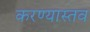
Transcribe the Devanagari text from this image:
करण्यास्तव